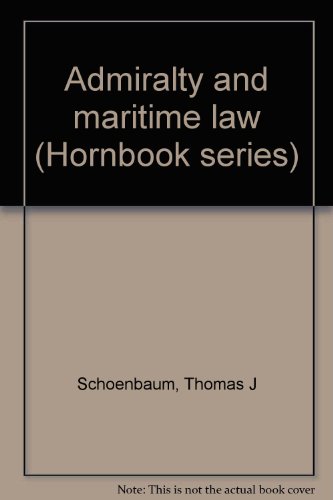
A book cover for Admiralty and maritime law (Hornbook series); Thomas J Schoenbaum; Law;